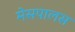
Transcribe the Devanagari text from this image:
मेसपालस